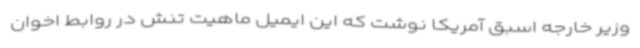
وزیر خارجه اسبق آمریکا نوشت که این ایمیل ماهیت تنش در روابط اخوان